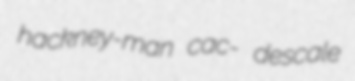
hackney-man cac- descale